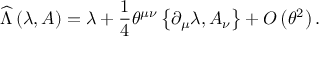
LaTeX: \widehat { \Lambda } \left( \lambda , A \right) = \lambda + \frac { 1 } { 4 } \theta ^ { \mu \nu } \left\{ \partial _ { \mu } \lambda , A _ { \nu } \right\} + { \cal O } \left( \theta ^ { 2 } \right) .